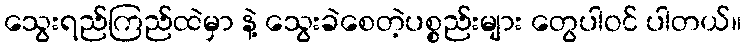
သွေးရည်ကြည်ထဲမှာ နဲ့ သွေးခဲစေတဲ့ပစ္စည်းများ တွေပါဝင် ပါတယ်။